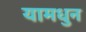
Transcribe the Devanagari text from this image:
यामधुन